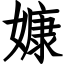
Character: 嫝